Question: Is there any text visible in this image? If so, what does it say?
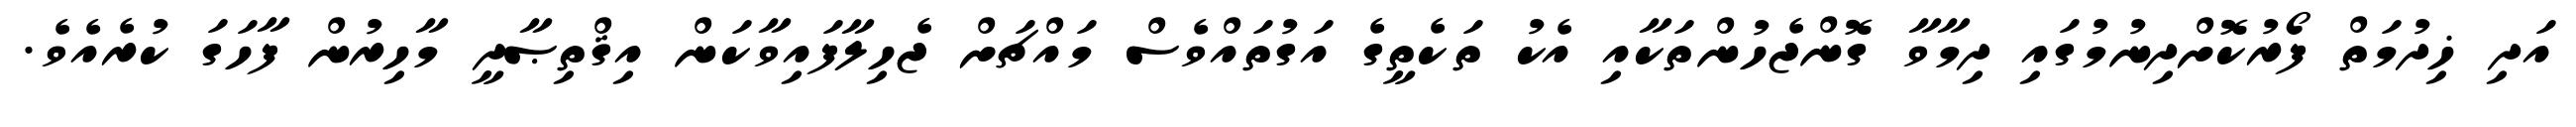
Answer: އަދި ޚިދުމަތް ފޯރުކޮށްދިނުމުގައި ދިމާވާ ގޮންޖެހުންތަކާއި އެކު ތަކެތީގެ އަގުތައްވެސް މައްޗަށް ޖެހިލާފައިވާކަން އިޤްތިޞާދީ މާހިރުން ފާހަގަ ކުރެއެވެ.